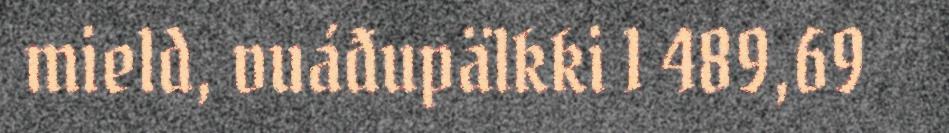
mield, vuáđupälkki 1 489,69